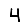
Digit: 4